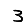
Digit: 3